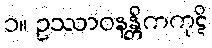
၁။ ဥဿာဝနန္တိကကုဋိ